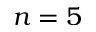
n = 5